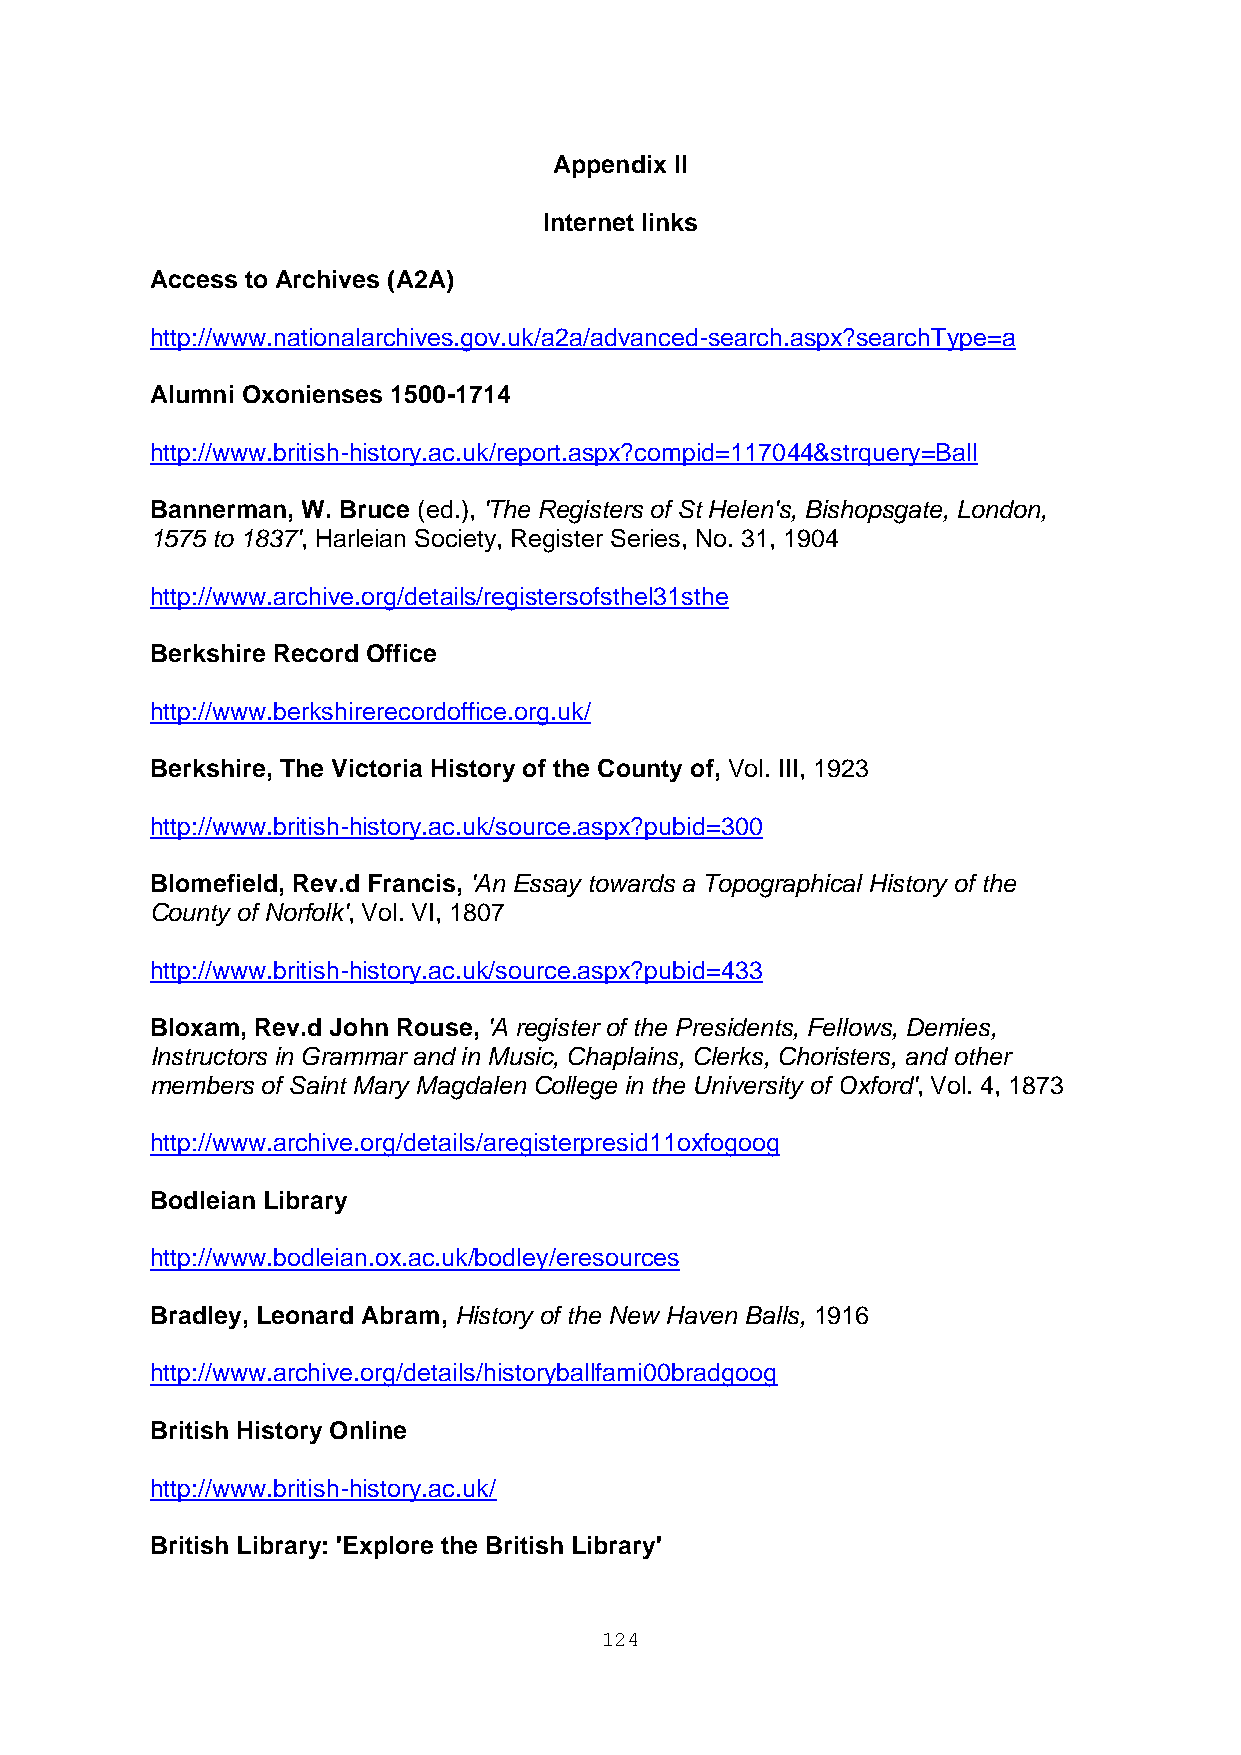
Appendix II
 Internet links
 Access to Archives (A2A)
 http://www.nationalarchives.gov.uk/a2a/advanced-search.aspx?searchType=a
 Alumni Oxonienses 1500-1714
 http://www.british-history.ac.uk/report.aspx?compid=117044&strquery=Ball
 Bannerman, W. Bruce (ed.), 'The Registers of St Helen's, Bishopsgate, London,
 1575 to 1837', Harleian Society, Register Series, No. 31, 1904
 http://www.archive.org/details/registersofsthel31sthe
 Berkshire Record Office
 http://www.berkshirerecordoffice.org.uk/
 Berkshire, The Victoria History of the County of, Vol. III, 1923
 http://www.british-history.ac.uk/source.aspx?pubid=300
 Blomefield, Rev.d Francis, 'An Essay towards a Topographical History of the
 County of Norfolk', Vol. VI, 1807
 http://www.british-history.ac.uk/source.aspx?pubid=433
 Bloxam, Rev.d John Rouse, 'A register of the Presidents, Fellows, Demies,
 Instructors in Grammar and in Music, Chaplains, Clerks, Choristers, and other
 members of Saint Mary Magdalen College in the University of Oxford', Vol. 4, 1873
 http://www.archive.org/details/aregisterpresid11oxfogoog
 Bodleian Library
 http://www.bodleian.ox.ac.uk/bodley/eresources
 Bradley, Leonard Abram, History of the New Haven Balls, 1916
 http://www.archive.org/details/historyballfami00bradgoog
 British History Online
 http://www.british-history.ac.uk/
 British Library: 'Explore the British Library'
 124